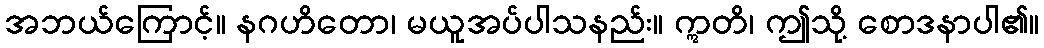
အဘယ်ကြောင့်။ နဂဟိတော၊ မယူအပ်ပါသနည်း။ ဣတိ၊ ဤသို့ စောဒနာပါ၏။